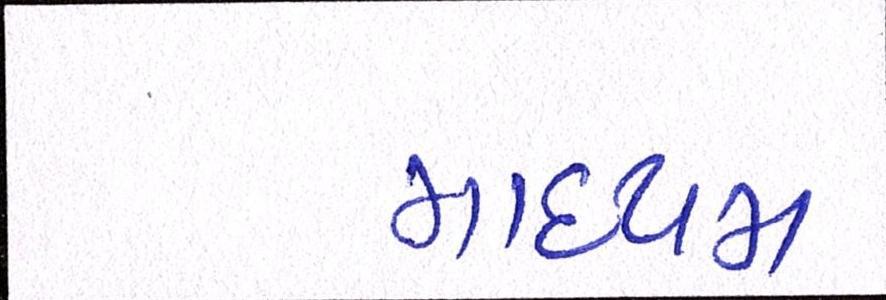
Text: માધ્યમ